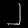
Digit: ၂